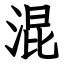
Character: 混